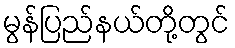
မွန်ပြည်နယ်တို့တွင်